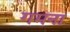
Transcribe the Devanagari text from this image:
गमना